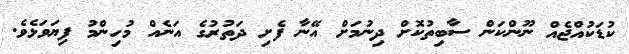
ކުޑަކުއްޖެއް ނޫންކަން ސާބިތުކޮށް ދިނުމަށް އޭނާ ފެށި ދަތުރުގެ އަނެއް މުހިންމު ފިޔަވަޅެވެ.